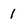
Character: 1